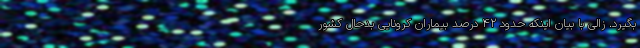
بگیرد. زالی با بیان اینکه حدود ۴۲ درصد بیماران کرونایی بدحال کشور